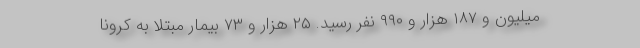
میلیون و ۱۸۷ هزار و ۹۹۰ نفر رسید. ۲۵ هزار و ۷۳ بیمار مبتلا به کرونا